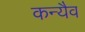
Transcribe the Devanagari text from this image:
कन्यैव